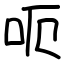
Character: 呃